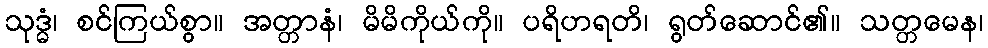
သုဒ္ဓံ၊ စင်ကြယ်စွာ။ အတ္တာနံ၊ မိမိကိုယ်ကို။ ပရိဟရတိ၊ ရွတ်ဆောင်၏။ သတ္တမေန၊